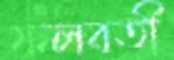
ফলবতী